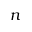
n